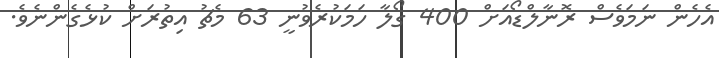
އެހެން ނަމަވެސް ރޮނާލްޑޯއަށް 400 ގޯލާ ހަމަކުރެވުނީ 63 މެޗު އިތުރަށް ކުޅެގެންނެވެ.